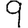
Digit: 9